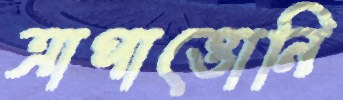
ত্রাপাত্তোনি